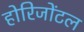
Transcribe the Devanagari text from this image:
होरिजोंटल